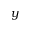
y